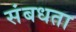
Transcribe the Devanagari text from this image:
संबधता